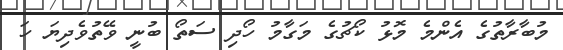
މުބާރާތުގެ އެންމެ މޮޅު ކޯޗުގެ މަގާމު ހޯދި ސަތޯ ބުނީ ވޭތުވެދިޔަ ހަ